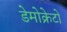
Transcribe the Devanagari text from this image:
डेमोक्रेटो